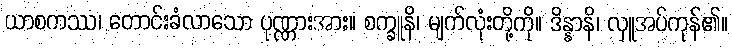
ယာစကဿ၊ တောင်းခံလာသော ပုဏ္ဏားအား။ စက္ခူနိ၊ မျက်လုံးတို့ကို။ ဒိန္နာနိ၊ လှူအပ်ကုန်၏။